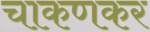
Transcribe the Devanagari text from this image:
चाकणकर